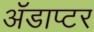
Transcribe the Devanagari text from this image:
ॲडाप्टर